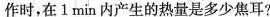
作时，在1min内产生的热量是多少焦耳?